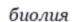
биолия